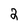
Character: 2